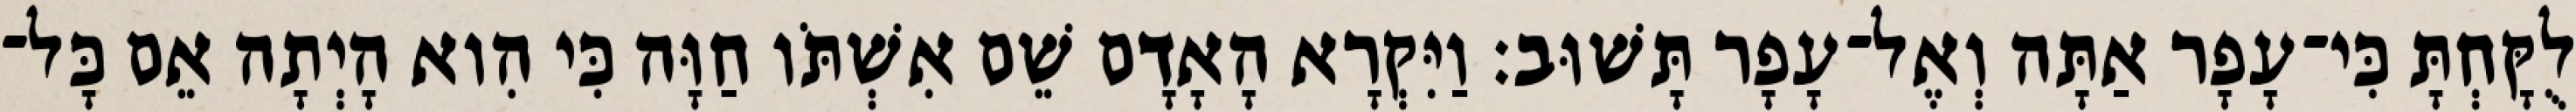
לֻקָּחְתָּ כִּי־עָפָר אַתָּה וְאֶל־עָפָר תָּשׁוּב׃ וַיִּקְרָא הָאָדָם שֵׁם אִשְׁתֹּו חַוָּה כִּי הִוא הָיְתָה אֵם כָּל־